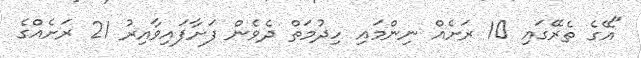
"އޭގެ ތެރޭގައި 10 ރަށެއް ނިންމައި ހިދުމަތް ދެވެން ފަށާފައިވާއިރު 21 ރަށެއްގެ